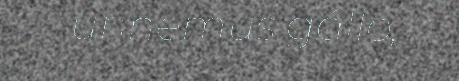
unnemus gállo,